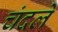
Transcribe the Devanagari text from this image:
चंदले